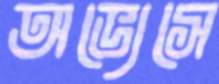
অভ্যেসে